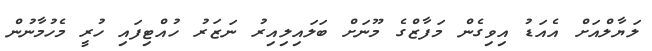
ލަޔާލްއަށް އެއަޑު އިވިގެން މަފާޒްގެ މޫނަށް ބަލައިލިއިރު ނަޒަރު ހުއްޓިފައި ހުރީ މެހުމާނުން